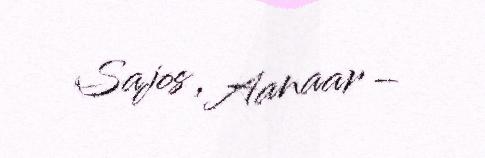
Sajos , Aanaar –